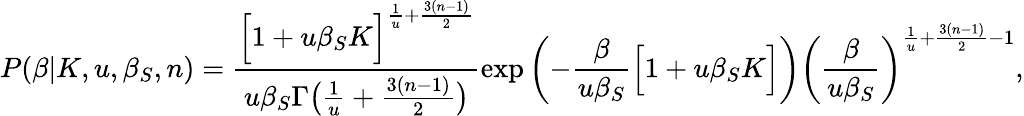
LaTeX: P(\beta|K,u,\beta_{S},n)=\frac{\Big[1+u\beta_{S}K\Big]^{\frac{1}{u}+\frac{3(n-1)}{2}}}{u\beta_{S}\Gamma\big(\frac{1}{u}+\frac{3(n-1)}{2}\big)}\exp\left(-\frac{\beta}{u\beta_{S}}\Big[1+u\beta_{S}K\Big]\right)\left(\frac{\beta}{u\beta_{S}}\right)^{\frac{1}{u}+\frac{3(n-1)}{2}-1},